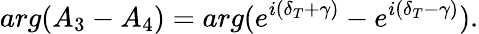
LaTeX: arg(A_{3}-A_{4})=arg(e^{i(\delta_{T}+\gamma)}-e^{i(\delta_{T}-\gamma)}).